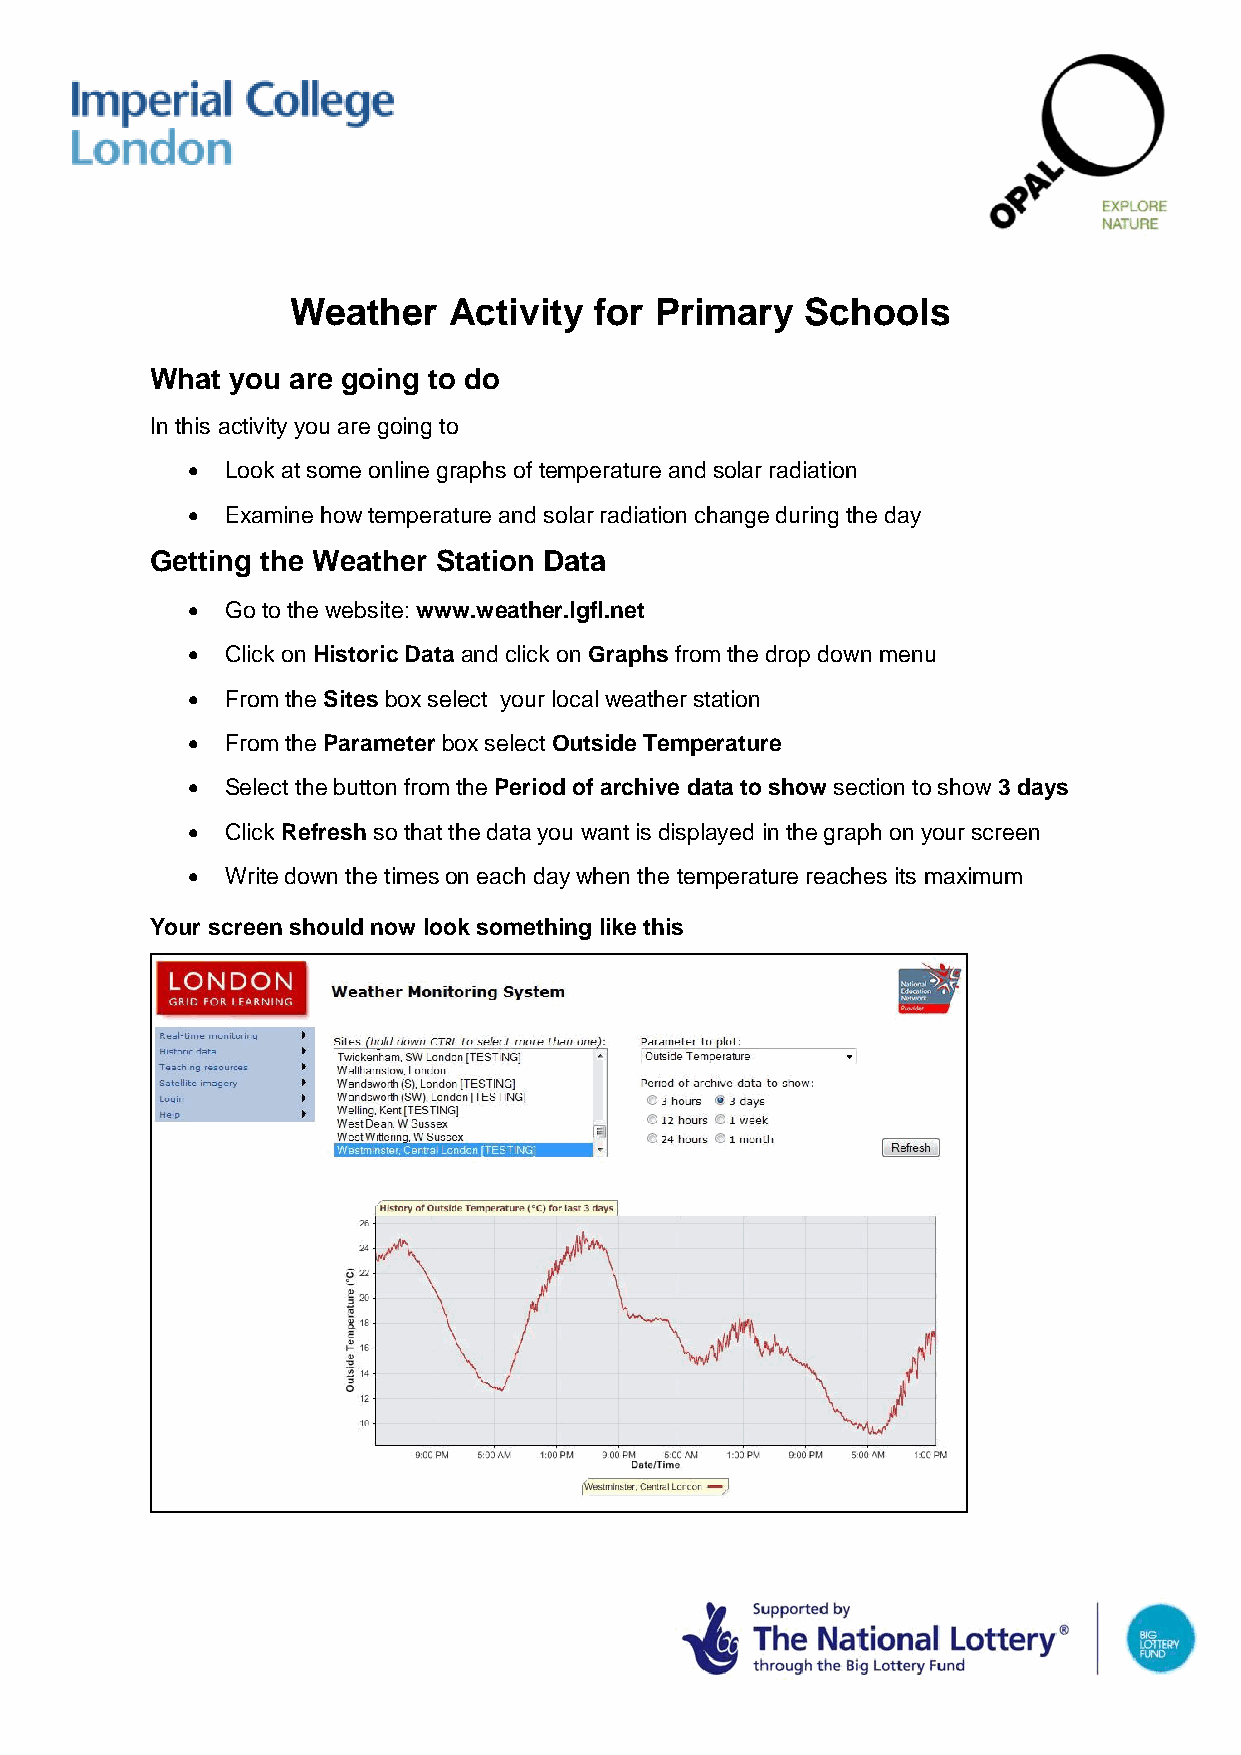
Weather    Activity for Primary   Schools
 What you are going to do
 In this activity you are going to
   Look at some online graphs of temperature and solar radiation
   Examine how temperature and solar radiation change during the day
 Getting the Weather Station Data
   Go to the website: www.weather.lgfl.net
   Click on Historic Data and click on Graphs from the drop down menu
   From the Sites box select your local weather station
   From the Parameter box select Outside Temperature
   Select the button from the Period of archive data to show section to show 3 days
   Click Refresh so that the data you want is displayed in the graph on your screen
   Write down the times on each day when the temperature reaches its maximum
 Your screen should now look something like this